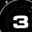
Digit: 3